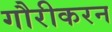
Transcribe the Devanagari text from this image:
गौरीकरन